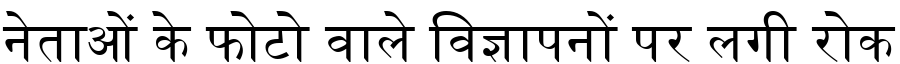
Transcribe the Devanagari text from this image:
नेताओं के फोटो वाले विज्ञापनों पर लगी रोक